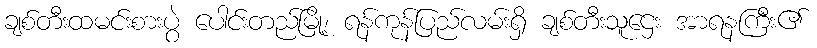
ချစ်တီးထမင်းစားပွဲ ပေါင်းတည်မြို့၊ ရန်ကုန်ပြည်လမ်းရှိ ချစ်တီးသူဌေး အာရနကြီး၏